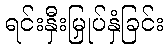
ရင်းနှီးမြှုပ်နှံခြင်း